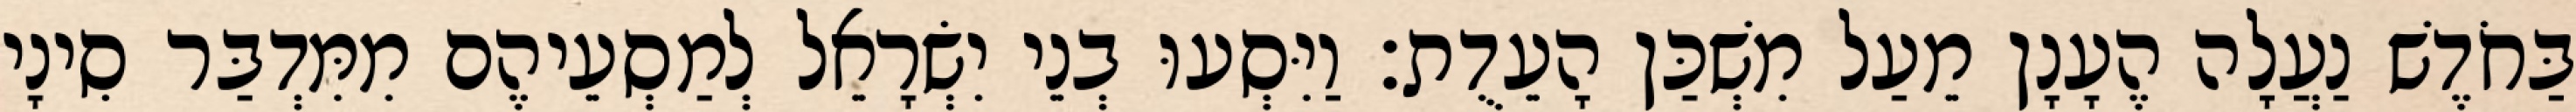
בַּחֹדֶשׁ נַעֲלָה הֶעָנָן מֵעַל מִשְׁכַּן הָעֵדֻת׃ וַיִּסְעוּ בְנֵי יִשְׂרָאֵל לְמַסְעֵיהֶם מִמִּדְבַּר סִינָי